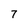
Character: 7